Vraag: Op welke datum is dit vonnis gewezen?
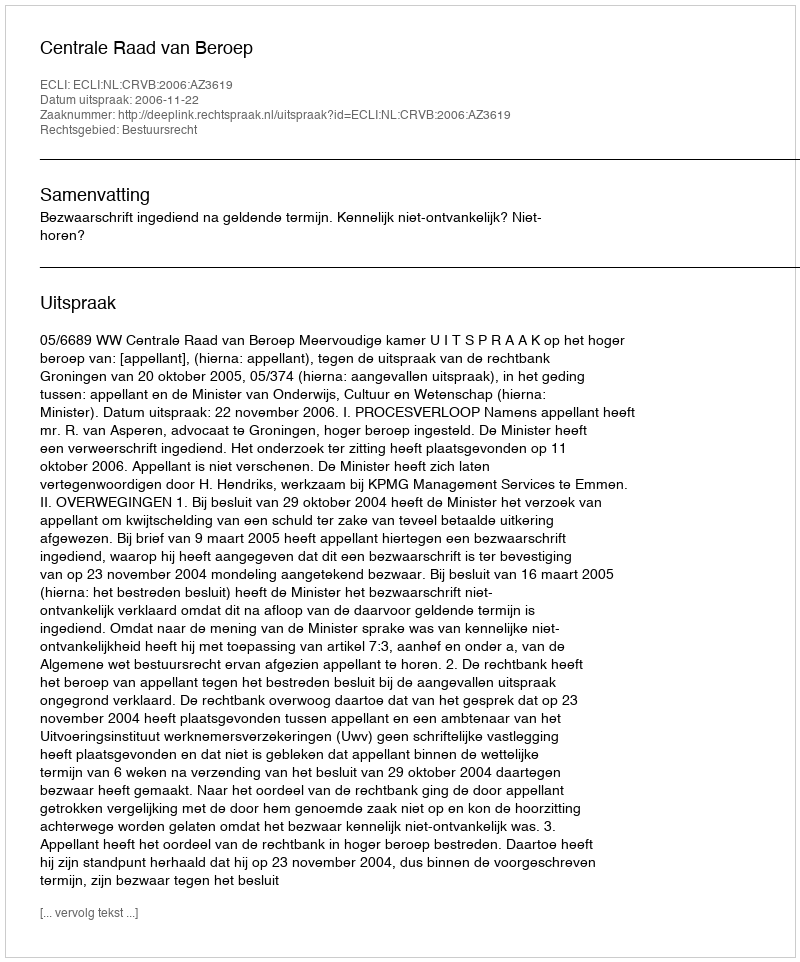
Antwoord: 2006-11-22